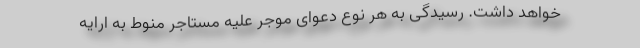
خواهد داشت. رسیدگی به هر نوع دعوای موجر علیه مستاجر منوط به ارایه